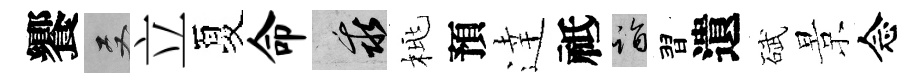
饗双立夏命乖桃預逹祗诣習遺碔景念